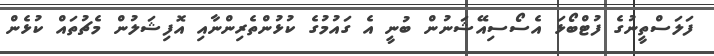
ފަލަސްތީނުގެ ފުޓްބޯޅަ އެސޯސިއޭޝަނުން ބުނީ އެ ގައުމުގެ ކުޅުންތެރިންނާއި އޮފިޝަލުން މެޗުތައް ކުޅެން